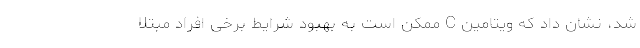
شد، نشان داد که ویتامین C ممکن است به بهبود شرایط برخی افراد مبتلا